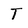
Character: T